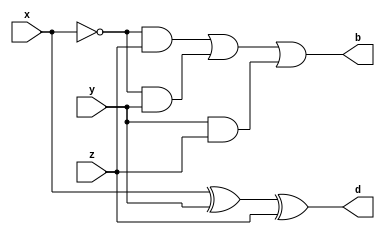
module fullsubtractor(x,y,z,d,b); 
input x,y,z;
output d,b;
assign d=x^y^z;
assign b=~x&z|~x&y|y&z; 
endmodule

module test;
reg x1,y1,z1;
wire s1,c1;
fullsubtractor g1(x1,y1,z1,s1,c1); 
initial
begin
$dumpfile("dump1.vcd");
$dumpvars(0,test);
$display("x y z d b"); $monitor("%b\t%b\t%b\t%b\t%b",x1,y1,z1,s1,c1); x1=0;
y1=0;
z1=0;
#10 x1=0; y1=0; z1=0;
#10 x1=0; y1=0; z1=1;
#10 x1=0; y1=1; z1=0;
#10 x1=0; y1=1; z1=1;
#10 x1=1; y1=0; z1=0;
#10 x1=1; y1=0; z1=1;
#10 x1=1; y1=1; z1=0;
#10 x1=1; y1=1; z1=1;
#10
$finish;
end
endmodule